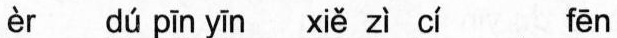
èr dú pīn yīn xiě zì cì